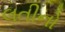
લતીનો